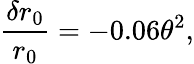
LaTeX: \frac{\delta r_{0}}{r_{0}}=-0.06\theta^{2},